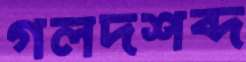
গলদশব্দ